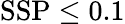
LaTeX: \mathrm{SSP\le 0.1}